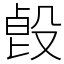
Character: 㲃